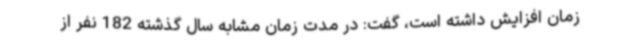
زمان افزایش داشته است، گفت: در مدت زمان مشابه سال گذشته 182 نفر از